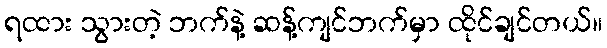
ရထား သွားတဲ့ ဘက်နဲ့ ဆန့်ကျင်ဘက်မှာ ထိုင်ချင်တယ်။